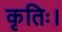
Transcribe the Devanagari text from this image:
कृतिः।